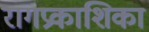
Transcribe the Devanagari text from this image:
रागप्रकाशिका